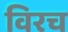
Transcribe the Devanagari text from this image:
विरच